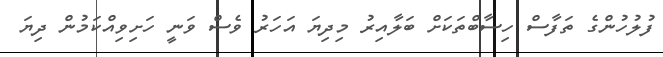
ފުލުހުންގެ ތަފާސް ހިސާބްތަކަށް ބަލާއިރު މިދިޔަ އަހަރު ވެސް ވަނީ ހަށިވިއްކަމުން ދިޔަ